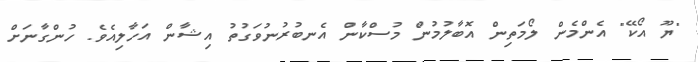
"ޔޫ އޯކޭ" އެންމެން ލޯމަތިން އޮބާލުމުން މުސްކާން އެނބުރުނުވަގުތު އިޝާން އަހާލިއެވެ. ހުންގާނަށް